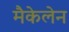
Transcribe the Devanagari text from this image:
मैकेलेन